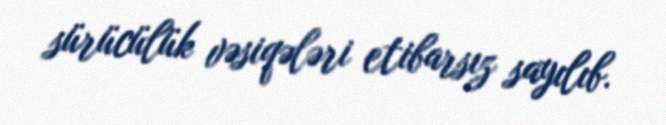
sürücülük vəsiqələri etibarsız sayılıb.